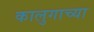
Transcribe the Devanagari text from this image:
कालुगाच्या